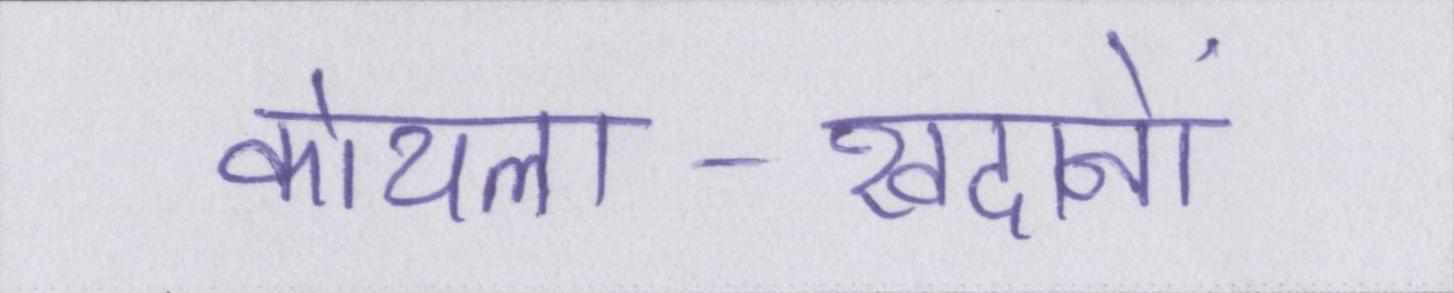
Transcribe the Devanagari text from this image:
कोयला-खदानों